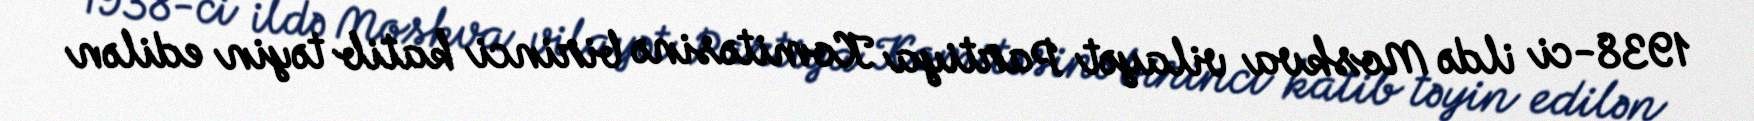
1938-ci ildə Moskva vilayət Partiya Komitəsinə birinci katib təyin edilən